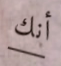
أنك